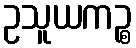
ဥသူယကဉ္စ